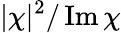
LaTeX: |\chi|^{2}/\operatorname{Im}\chi